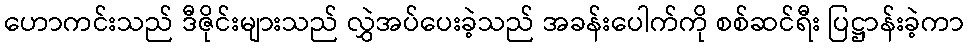
ဟောကင်းသည် ဒီဇိုင်းများသည် လွှဲအပ်ပေးခဲ့သည် အခန်းပေါက်ကို စစ်ဆင်ရီး ပြဋ္ဌာန်းခဲ့ကာ